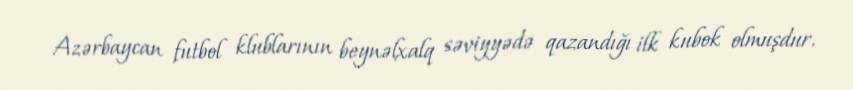
Azərbaycan futbol klublarının beynəlxalq səviyyədə qazandığı ilk kubok olmuşdur.